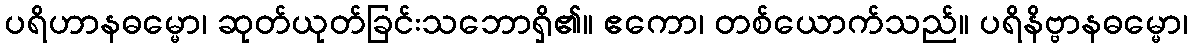
ပရိဟာနဓမ္မော၊ ဆုတ်ယုတ်ခြင်းသဘောရှိ၏။ ဧကော၊ တစ်ယောက်သည်။ ပရိနိဗ္ဗာနဓမ္မော၊